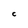
Character: C